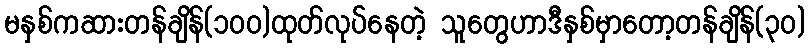
မနှစ်ကဆားတန်ချိန်(၁၀၀)ထုတ်လုပ်နေတဲ့ သူတွေဟာဒီနှစ်မှာတော့တန်ချိန်(၃၀)